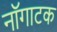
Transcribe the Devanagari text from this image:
नॉगाटक